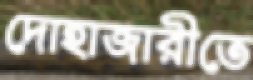
দোহাজারীতে